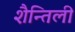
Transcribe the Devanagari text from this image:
शैन्तिली